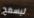
ليسمح